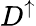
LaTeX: D^{\uparrow}